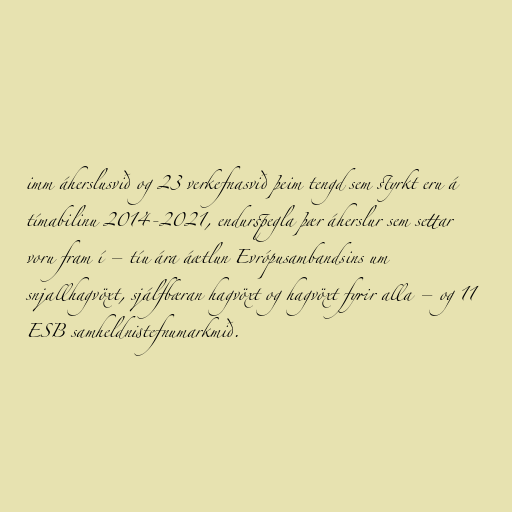
imm áherslusvið og 23 verkefnasvið þeim tengd sem styrkt eru á
tímabilinu 2014-2021, endurspegla þær áherslur sem settar
voru fram í – tíu ára áætlun Evrópusambandsins um
snjallhagvöxt, sjálfbæran hagvöxt og hagvöxt fyrir alla – og 11
ESB samheldnistefnumarkmið.